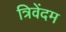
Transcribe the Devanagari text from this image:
त्रिवेंदम